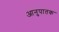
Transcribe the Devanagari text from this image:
आनुपातक